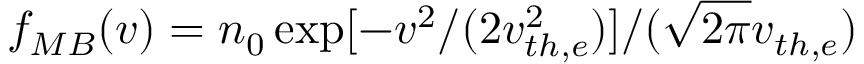
f _ { M B } ( v ) = n _ { 0 } \exp [ - v ^ { 2 } / ( 2 v _ { t h , e } ^ { 2 } ) ] / ( \sqrt { 2 \pi } v _ { t h , e } )